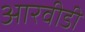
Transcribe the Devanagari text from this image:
आरवीडी